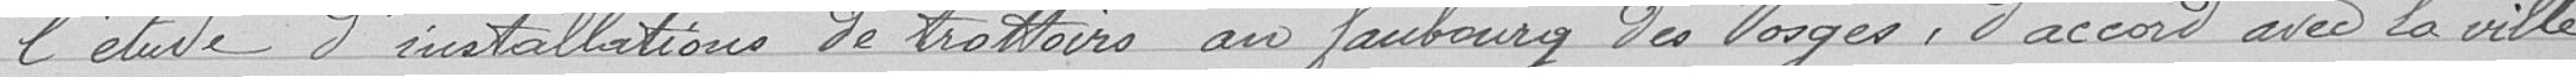
l'étude d'installations de trottoirs au faubourg des Vosges, d'accord avec la ville